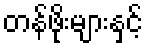
တန်ဖိုးများနှင့်